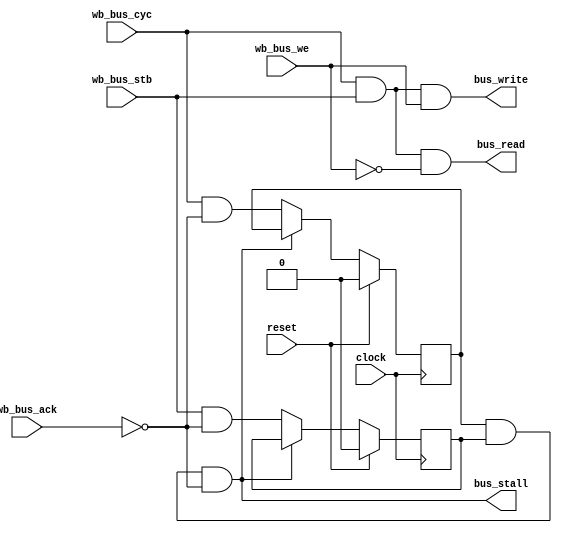
module FT_BusStallDet (
	// -- Common Signals --
	input wire					clock, // module FPGA clock
	input wire					reset, // module reset (global)
	// -- Bus Signals --
	input wire 					wb_bus_cyc, // bus cyc signal
	input wire 					wb_bus_stb, // bus stb signal
	input wire 					wb_bus_ack, // bus ack signal
	input wire					wb_bus_we,  // bus we signal
	// -- Output Signals --
	output wire					bus_write,
	output wire					bus_read,
	output wire					bus_stall
    );


	// hold on to the last cyc and stb states
	reg last_cyc;
	reg last_stb;

	assign bus_write = wb_bus_cyc & wb_bus_stb & wb_bus_we;
	assign bus_read = wb_bus_cyc & wb_bus_stb & (~wb_bus_we);

	assign bus_stall = last_cyc & last_stb & (~wb_bus_ack);

	// clock process
	always @(posedge clock)
	begin
		if( reset) begin
			last_cyc <= 0;
			last_stb <= 0;
		end else begin
			if( ~bus_stall ) begin
				last_cyc <= wb_bus_cyc & (~wb_bus_ack);
				last_stb <= wb_bus_stb & (~wb_bus_ack);
			end
		end
	end


endmodule